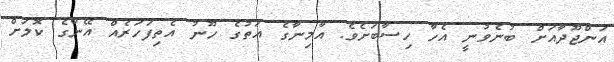
އަންޖޫދާއަށް ބުނެވުނީ އެހާ ހިސާބަށެވެ. އާމިނާގެ އަތުގެ ހޫނު އެތިފަހަރެއް އޭނާގެ ކޮލަށް